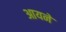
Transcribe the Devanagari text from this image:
आयने